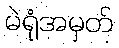
မဲရုံအမှတ်